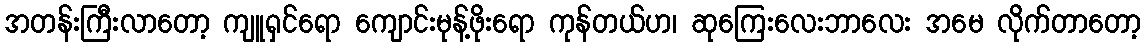
အတန်းကြီးလာတော့ ကျူရှင်ရော ကျောင်းမုန့်ဖိုးရော ကုန်တယ်ဟ၊ ဆုကြေးလေးဘာလေး အမေ လိုက်တာတော့